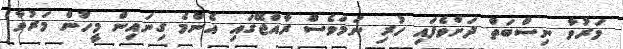
މަރުވާ ނިސްބަތް ދަށްވެފައި ހުރި ނަމަވެސް ރާއްޖޭގައި އެންމެ ގިނައިން މީހުން މަރުވާ